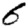
Digit: 6